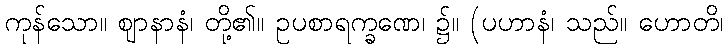
ကုန်သော။ ဈာနာနံ၊ တို့၏။ ဥပစာရက္ခဏေ၊ ၌။ (ပဟာနံ၊ သည်။ ဟောတိ၊